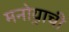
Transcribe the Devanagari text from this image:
मनोर्‍याची